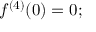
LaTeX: f ^ { ( 4 ) } ( 0 ) = 0 ;